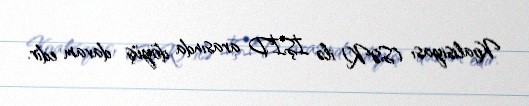
Koalisiyası (SƏK) ilə İŞİD arasında döyüş davam edir.